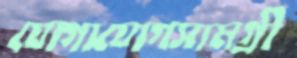
যোগাযোগসামগ্রী